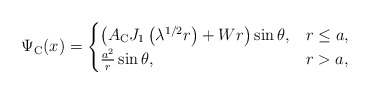
\begin{align*}\Psi_{\mathrm{C}}(x)= \begin{cases}\left(A_{\mathrm{C}} J_{1}\left(\lambda^{1 / 2} r\right)+Wr\right) \sin \theta, & r \leq a, \\ \frac{a^{2}}{r} \sin \theta, & r>a,\end{cases}\end{align*}